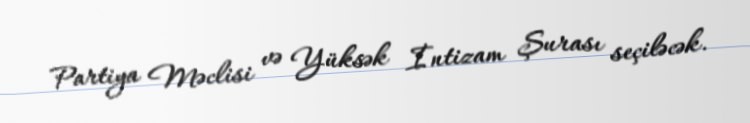
Partiya Məclisi və Yüksək İntizam Şurası seçiləcək.